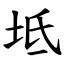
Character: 坻